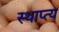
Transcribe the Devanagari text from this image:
स्थाप्त्य